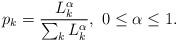
LaTeX: \begin{align*}p_k=\frac{L^{\alpha}_k}{\sum_{k}L^{\alpha}_k}, \ 0\le \alpha\le 1.\end{align*}